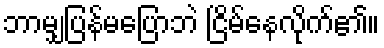
ဘာမျှပြန်မပြောဘဲ ငြိမ်နေလိုက်၏။